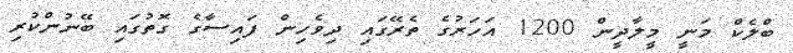
ބްލެކް މަނީ މީލާދީން 1200 އަހަރުގެ ތެރޭގައި ދިވެހިން ފައިސާގެ ގޮތުގައި ބޭނުންކުރި